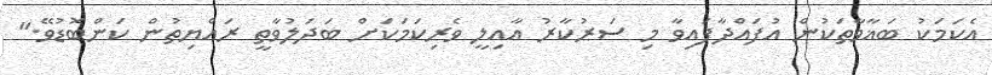
އެކަމަކު ބަޣާވާތަކުން އުފައްދާފައިވާ މި ސަރުކާރު އާއިލީ ވެރިކަމަކަށް ބަދަލުވާތީ ރައްޔިތުން ކަންބޮޑުވޭ."